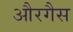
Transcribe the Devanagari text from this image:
औरगैस